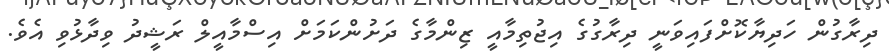
ދިރާގުން ހަދިޔާކޮށްފައިވަނީ ދިރާގުގެ އިޖުތިމާއީ ޒިންމާގެ ދަށުންކަމަށް އިސްމާއީލް ރަޝީދު ވިދާޅުވި އެވެ.